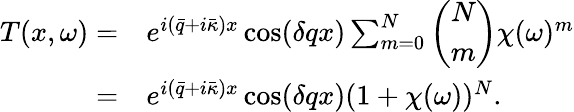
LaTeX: \begin{array}{rl}{T(x,\omega)=}&{{}e^{i(\bar{q}+i\bar{\kappa})x}\cos(\delta qx)\sum_{m=0}^{N}\left(\begin{array}{l}{N}\\ {m}\end{array}\right)\chi(\omega)^{m}}\\ {=}&{{}e^{i(\bar{q}+i\bar{\kappa})x}\cos(\delta qx)(1+\chi(\omega))^{N}.}\end{array}